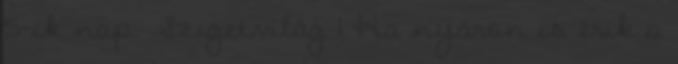
5-ik nap. Szigetvilág 1 Ha nyáron is érik a